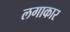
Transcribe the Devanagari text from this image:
लगाकार